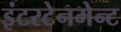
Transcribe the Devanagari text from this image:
इंटरटेनमेन्ट